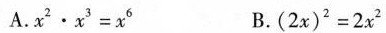
A.$$x ^ { 2 } \cdot x ^ { 3 } = x ^ { 6 }$$ B.$$( 2 x ) ^ { 2 } = 2 x ^ { 2 }$$